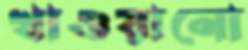
খাওয়ানো